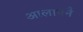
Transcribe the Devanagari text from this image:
आलापनै